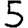
Digit: 5